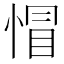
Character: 𢝌